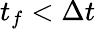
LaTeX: t_{f}<\Delta t